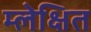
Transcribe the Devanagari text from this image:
म्लेक्षित